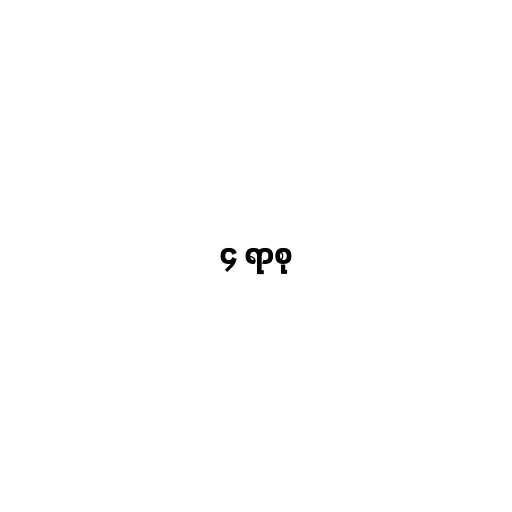
၄ ရာစု